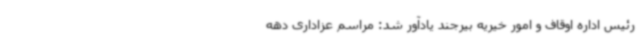
رئیس اداره اوقاف و امور خیریه بیرجند یادآور شد: مراسم عزاداری دهه